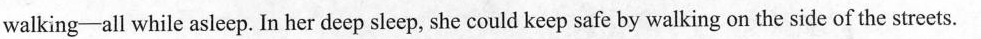
walking-all while asleep. In her deep sleep, she could keep safe by walking on the side of the streets.